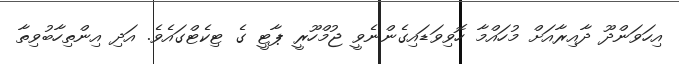
އިހަވަންދޫ ދާއިރާއަށް މުހައްމާ ހޮވިވަޑައިގެންނެވީ ޖުމްހޫރީ ޕާޓީ ގެ ޓިކެޓްގައެވެ. އަދި އިންތިހާބުވިތާ